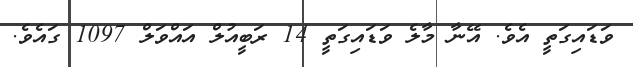
ވަޑައިގަތީ އެވެ. އޭނާ މާލެ ވަޑައިގަތީ 14 ރަބީއުލް އައްވަލް 1097 ގައެވެ.